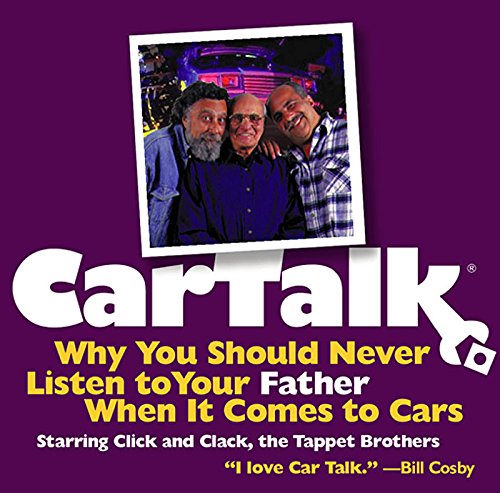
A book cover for Car Talk: Why You Should Never Listen to Your Father When It Comes to Cars; Tom Magliozzi; Humor & Entertainment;